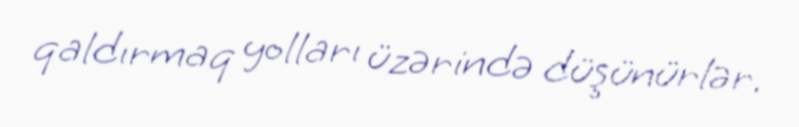
qaldırmaq yolları üzərində düşünürlər.